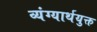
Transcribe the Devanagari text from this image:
व्यंग्यार्थयुक्त